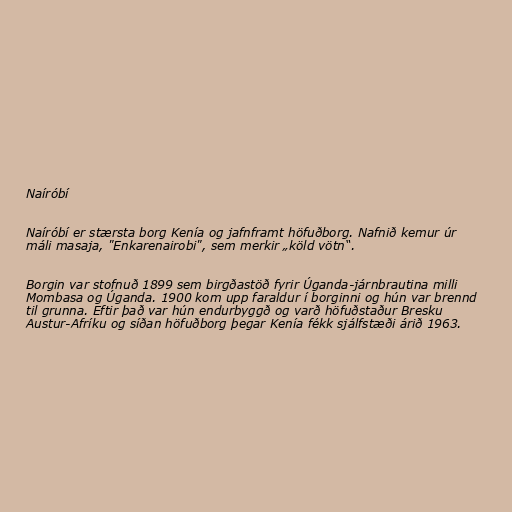
Naíróbí

Naíróbí er stærsta borg Kenía og jafnframt höfuðborg. Nafnið kemur úr
máli masaja, "Enkarenairobi", sem merkir „köld vötn“.

Borgin var stofnuð 1899 sem birgðastöð fyrir Úganda-járnbrautina milli
Mombasa og Úganda. 1900 kom upp faraldur í borginni og hún var brennd
til grunna. Eftir það var hún endurbyggð og varð höfuðstaður Bresku
Austur-Afríku og síðan höfuðborg þegar Kenía fékk sjálfstæði árið 1963.